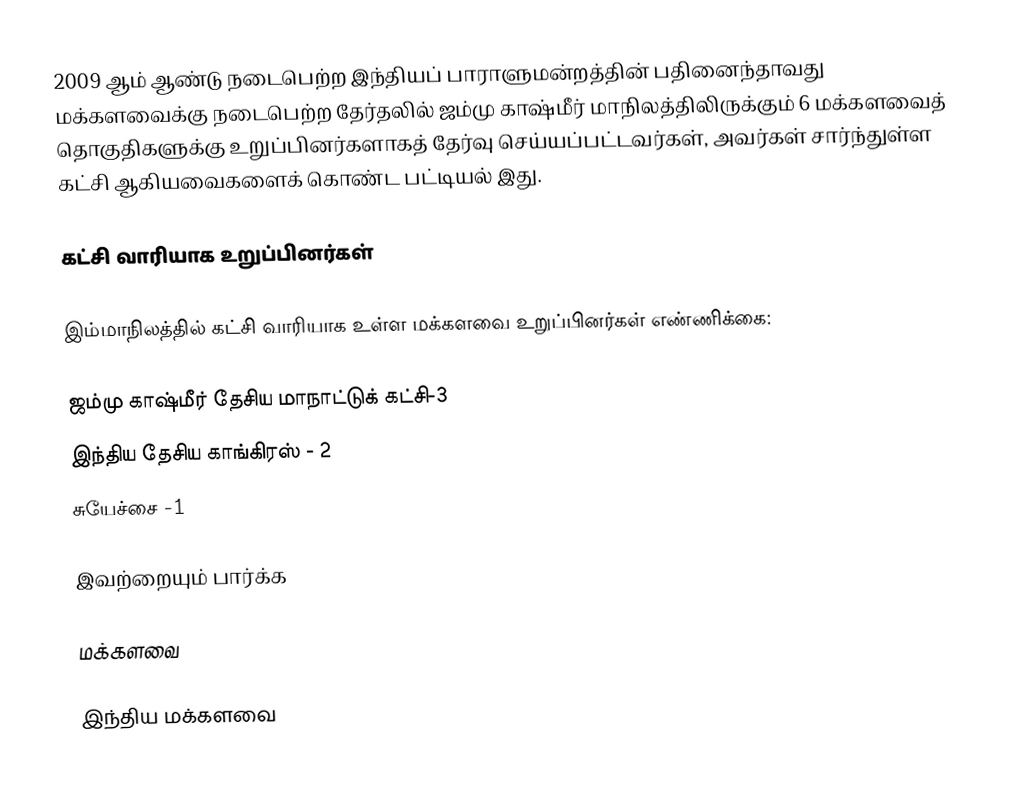
2009 ஆம் ஆண்டு நடைபெற்ற இந்தியப் பாராளுமன்றத்தின் பதினைந்தாவது மக்களவைக்கு நடைபெற்ற தேர்தலில் ஜம்மு காஷ்மீர் மாநிலத்திலிருக்கும் 6 மக்களவைத் தொகுதிகளுக்கு உறுப்பினர்களாகத் தேர்வு செய்யப்பட்டவர்கள், அவர்கள் சார்ந்துள்ள கட்சி ஆகியவைகளைக் கொண்ட பட்டியல் இது.

கட்சி வாரியாக உறுப்பினர்கள்

இம்மாநிலத்தில் கட்சி வாரியாக உள்ள மக்களவை உறுப்பினர்கள் எண்ணிக்கை:

ஜம்மு காஷ்மீர் தேசிய மாநாட்டுக் கட்சி-3
இந்திய தேசிய காங்கிரஸ் - 2
சுயேச்சை -1

இவற்றையும் பார்க்க

 மக்களவை

இந்திய மக்களவை